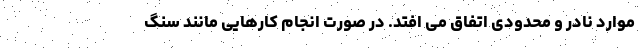
موارد نادر و محدودی اتفاق می افتد. در صورت انجام کارهایی مانند سنگ